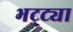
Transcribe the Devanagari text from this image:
भट्‌ट्या